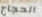
الحجاج